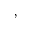
^ { ’ }